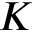
K